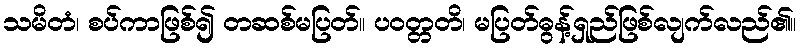
သမိတံ၊ စပ်ကာဖြစ်၍ တဆစ်မပြတ်။ ပဝတ္တတိ၊ မပြတ်ဓွန့်ရှည်ဖြစ်လျက်လည်၏။